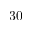
3 0